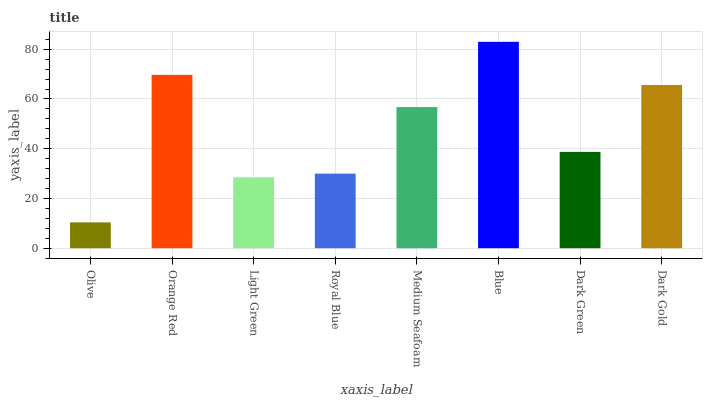
| xaxis_label | bars |
 | --- | --- |
 | Olive | 10.4 |
 | Orange Red | 69.7 |
 | Light Green | 28.5 |
 | Royal Blue | 30 |
 | Medium Seafoam | 56.8 |
 | Blue | 83 |
 | Dark Green | 38.7 |
 | Dark Gold | 65.6 |